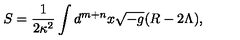
S = \frac { 1 } { 2 \kappa ^ { 2 } } \int d ^ { m + n } x \sqrt { - g } ( R - 2 \Lambda ) ,